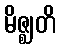
မိဇ္ဈတိ